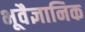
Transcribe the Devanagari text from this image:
भूवैज्ञानिक